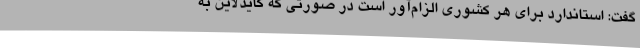
گفت: استاندارد برای هر کشوری الزام‌آور است در صورتی که گایدلاین به